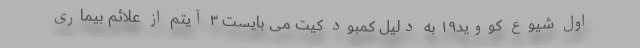
اول شیوع کووید۱۹ به دلیل کمبود کیت می بایست ۳ آیتم از علائم بیماری